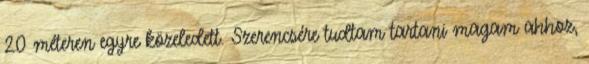
20 méteren egyre közeledett. Szerencsére tudtam tartani magam ahhoz,